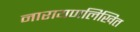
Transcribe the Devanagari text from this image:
नारायणलिखित